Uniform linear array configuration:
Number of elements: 8
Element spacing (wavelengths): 0.5
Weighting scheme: cosine
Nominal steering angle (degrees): -60
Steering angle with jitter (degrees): -58.024
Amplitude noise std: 0.05
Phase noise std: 0.05

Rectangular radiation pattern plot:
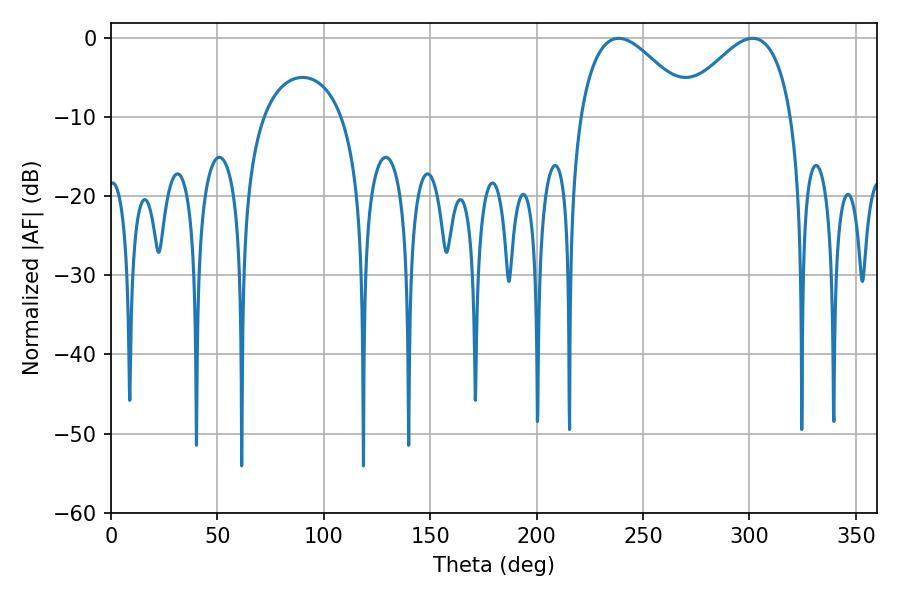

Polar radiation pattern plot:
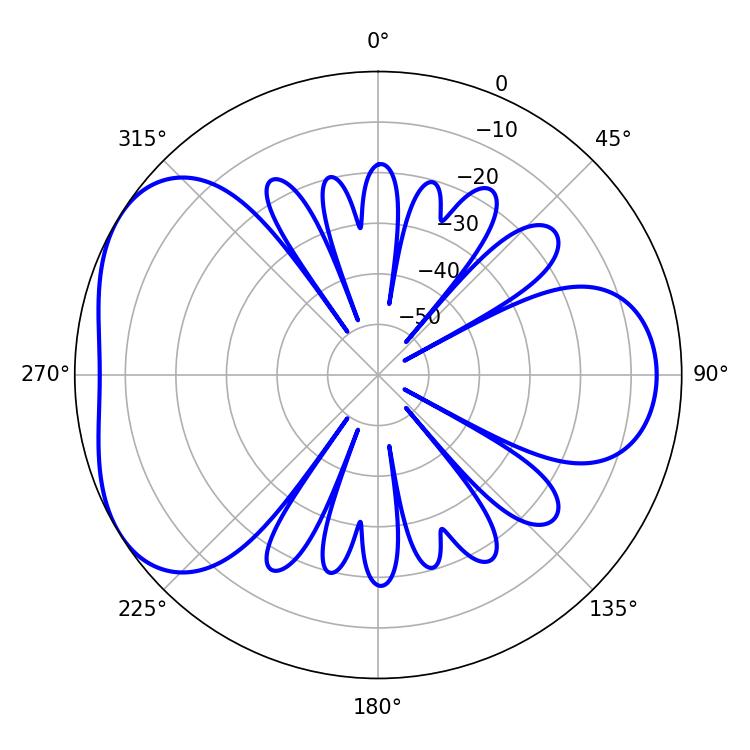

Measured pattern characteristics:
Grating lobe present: FALSE
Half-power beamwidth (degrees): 28.62
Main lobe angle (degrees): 301.5